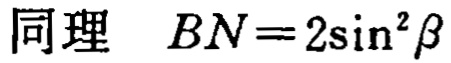
同理 \(BN = 2\sin^{2}\beta\)